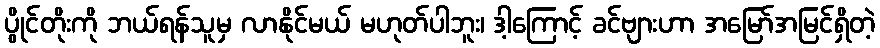
ပွိုင်တိုးကို ဘယ်ရန်သူမှ လာနိုင်မယ် မဟုတ်ပါဘူး၊ ဒါ့ကြောင့် ခင်ဗျားဟာ အမြော်အမြင်ရှိတဲ့